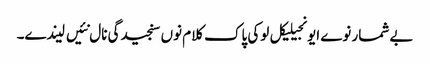
بے شمار نوے ایونجیلیکل لوکی پاک کلام نوں سنجیدگی نال نئیں لیندے۔